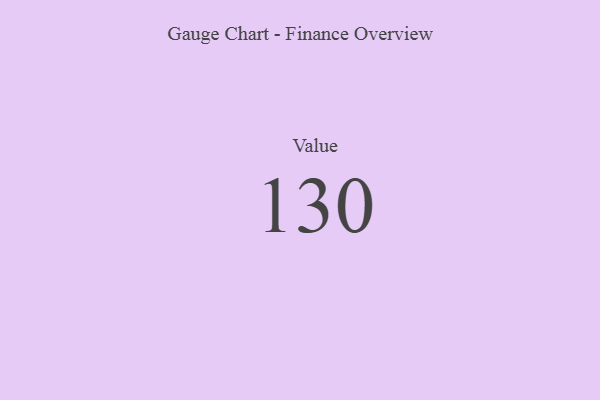
{"axis": {"x": "Metric", "y": "Value"}, "legend": [""], "data": [{"x": "Value", "y": 130, "type": ""}]}